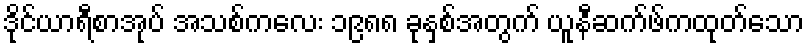
ဒိုင်ယာရီစာအုပ် အသစ်ကလေး ၁၉၈၈ ခုနှစ်အတွက် ယူနီဆက်ဖ်ကထုတ်သော